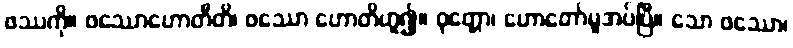
ဖဿကို။ ဖဿောဟောတီတိ၊ ဖဿော ဟောတိဟူ၍။ ဝုတ္တော၊ ဟောတော်မူအပ်ပြီ။ သော ဖဿော၊